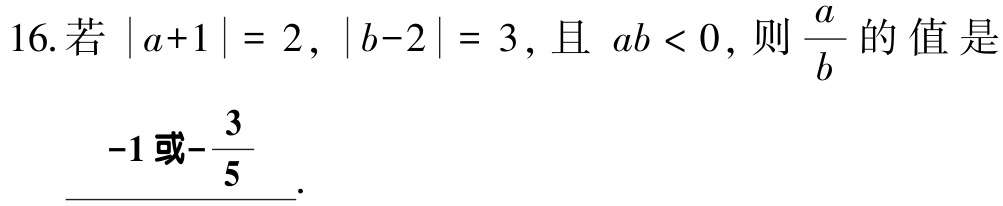
16.若\(\vert a + 1\vert = 2\)，\(\vert b - 2\vert = 3\)，且 \(ab < 0\)，则\(\dfrac{a}{b}\)的值是___\(-1或-\dfrac{3}{5}\)___.